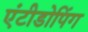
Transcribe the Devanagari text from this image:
एंटीडोपिंग